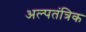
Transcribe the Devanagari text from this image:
अल्पतंत्रिक